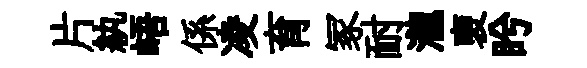
片紈峿係凌育冢耐瀧褏盻